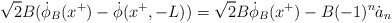
\begin{align*}\sqrt{2}B(\dot \phi_B(x^+)-\dot \phi(x^+,-L))= \sqrt{2}B\dot \phi_B(x^+) - B (-1)^n \dot a_n\end{align*}